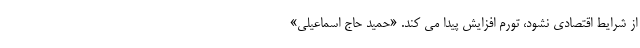
از شرایط اقتصادی نشود، تورم افزایش پیدا می کند. «حمید حاج اسماعیلی»